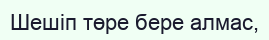
Шешіп төре бере алмас,